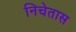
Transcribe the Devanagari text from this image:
निचेतास